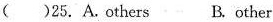
()25. A.others B.other